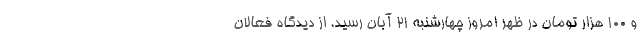
و ۱۰۰ هزار تومان در ظهر امروز چهارشنبه ۲۱ آبان رسید. از دیدگاه فعالان